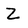
Character: Z